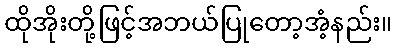
ထိုအိုးတို့ဖြင့်အဘယ်ပြုတော့အံ့နည်း။